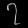
Digit: ၇